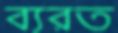
ব্যরত